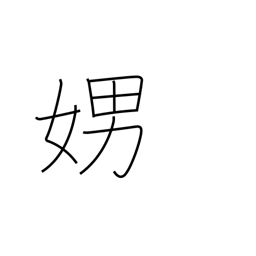
Meaning: loud talking